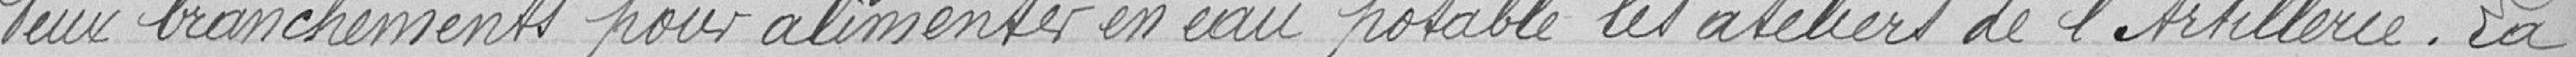
leur branchement pour alimenter en eau potable les ateliers de l'Artillerie. La